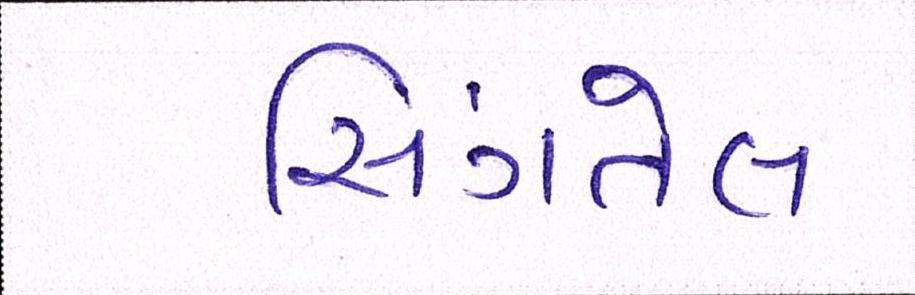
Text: સિંગતેલ